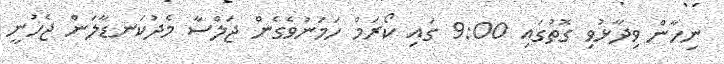
ނިހާން ވިދާޅުވި ގޮތުގައި 9:00 ގައި ކޯރަމް ހަމަނުވެގެން ޖަލްސާ މެދުކަނޑާލަން ޖެހުނީ